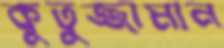
কুতুজ্জামান